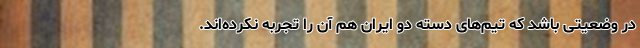
در وضعیتی باشد که تیم‌های دسته دو ایران هم آن را تجربه نکرده‌اند.